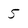
Character: 5